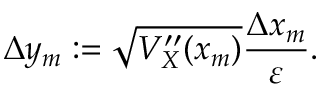
\Delta y _ { m } : = \sqrt { V _ { X } ^ { \prime \prime } ( x _ { m } ) } \frac { \Delta x _ { m } } { \varepsilon } .